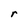
Character: r